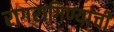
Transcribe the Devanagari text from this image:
रागरागिण्यांची